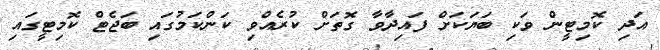
އަދި ކޮމިޓީން ވަކި ބަޔަކަށް ފައިދާވާ ގޮތަށް ކުރެއްވި ކަންކަމުގައި ބަޖެޓް ކޮމިޓީގައި